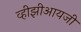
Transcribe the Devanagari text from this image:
व्हीझीआयजी